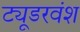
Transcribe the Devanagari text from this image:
ट्यूडरवंश